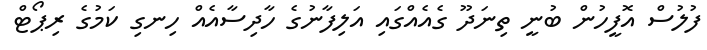
ފުލުސް އޮފީހުން ބުނީ ތިނަދޫ ގެއެއްގައި އަލިފާނުގެ ހާދިސާއެއް ހިނގި ކަމުގެ ރިޕޯޓް